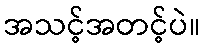
အသင့်အတင့်ပဲ။